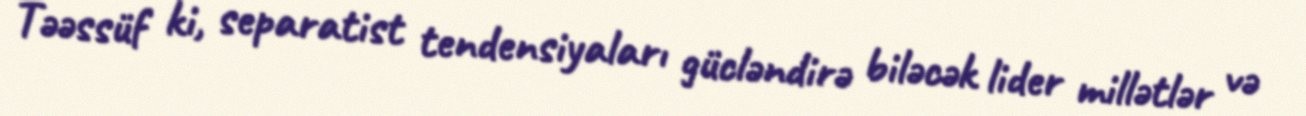
Təəssüf ki, separatist tendensiyaları gücləndirə biləcək lider millətlər və